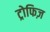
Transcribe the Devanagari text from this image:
ट्रोफिज़